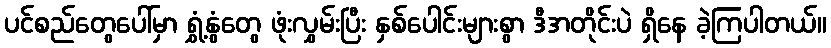
ပင်စည်တွေပေါ်မှာ ရွှံ့နွံတွေ ဖုံးလွှမ်းပြီး နှစ်ပေါင်းများစွာ ဒီအတိုင်းပဲ ရှိနေ ခဲ့ကြပါတယ်။